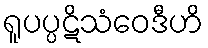
ရူပပ္ပဋိသံဝေဒီဟိ